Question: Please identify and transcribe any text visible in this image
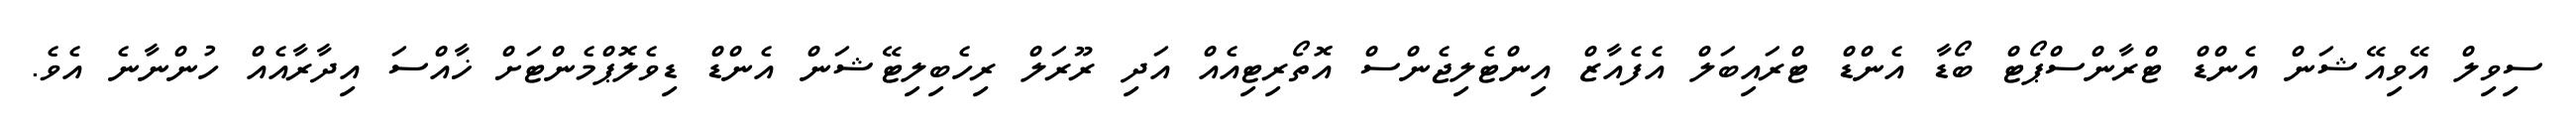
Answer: ސިވިލް އޭވިއޭޝަން އެންޑް ޓްރާންސްޕޯޓް ބޯޑާ އެންޑް ޓްރައިބަލް އެފެއާޒް އިންޓެލިޖެންސް އޮތޯރިޓިއެއް އަދި ރޫރަލް ރިހެބިލިޓޭޝަން އެންޑް ޑިވެލޮޕްމެންޓަށް ޚާއްސަ އިދާރާއެއް ހުންނާނެ އެވެ.